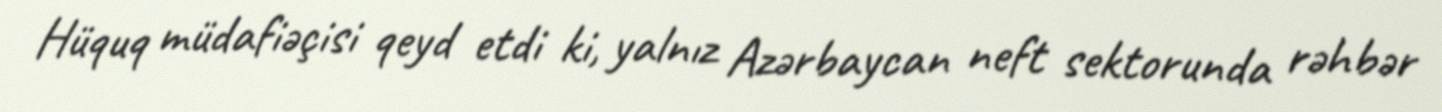
Hüquq müdafiəçisi qeyd etdi ki, yalnız Azərbaycan neft sektorunda rəhbər